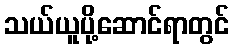
သယ်ယူပို့ဆောင်ရာတွင်